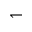
\leftharpoondown